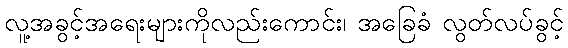
လူ့အခွင့်အရေးများကိုလည်းကောင်း၊ အခြေခံ လွတ်လပ်ခွင့်